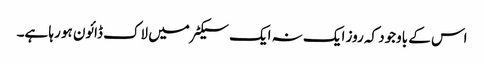
اس کے باوجود کہ روز ایک نہ ایک سیکٹر میں لاک ڈائون ہو رہا ہے۔